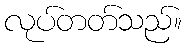
လုပ်တတ်သည်။